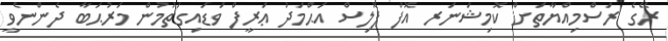
ރޭގެ ރަސްމިއްޔާތަށް ކޮމިޝަނަރ އޮފް ޕޮލިސް އަޙްމަދު ޢަރީފް ވަޑައިގަތުމުން މަރުޙަބާ ދެންނެވީ